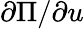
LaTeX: \partial\Pi/\partial u